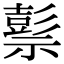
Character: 𥛱